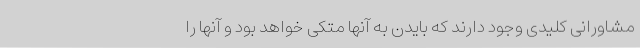
مشاورانی کلیدی وجود دارند که بایدن به آنها متکی خواهد بود و آنها را